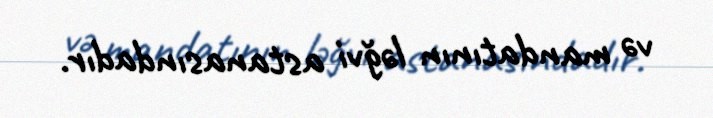
və mandatının ləğvi astanasındadır.